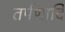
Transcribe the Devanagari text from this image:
तर्पणादि